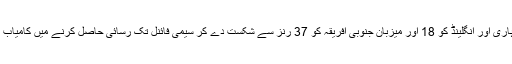
لیکن بھارتی کھلاڑیوں نے ہمت نہ ہاری اور انگلینڈ کو 18 اور میزبان جنوبی افریقہ کو 37 رنز سے شکست دے کر سیمی فائنل تک رسائی حاصل کرنے میں کامیاب ہوگئے جہاں ان کا مقابل آسٹریلیا تھا۔